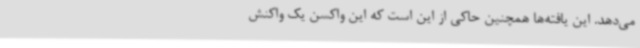
می‌دهد. این یافته‌ها همچنین حاکی از این است که این واکسن یک واکنش